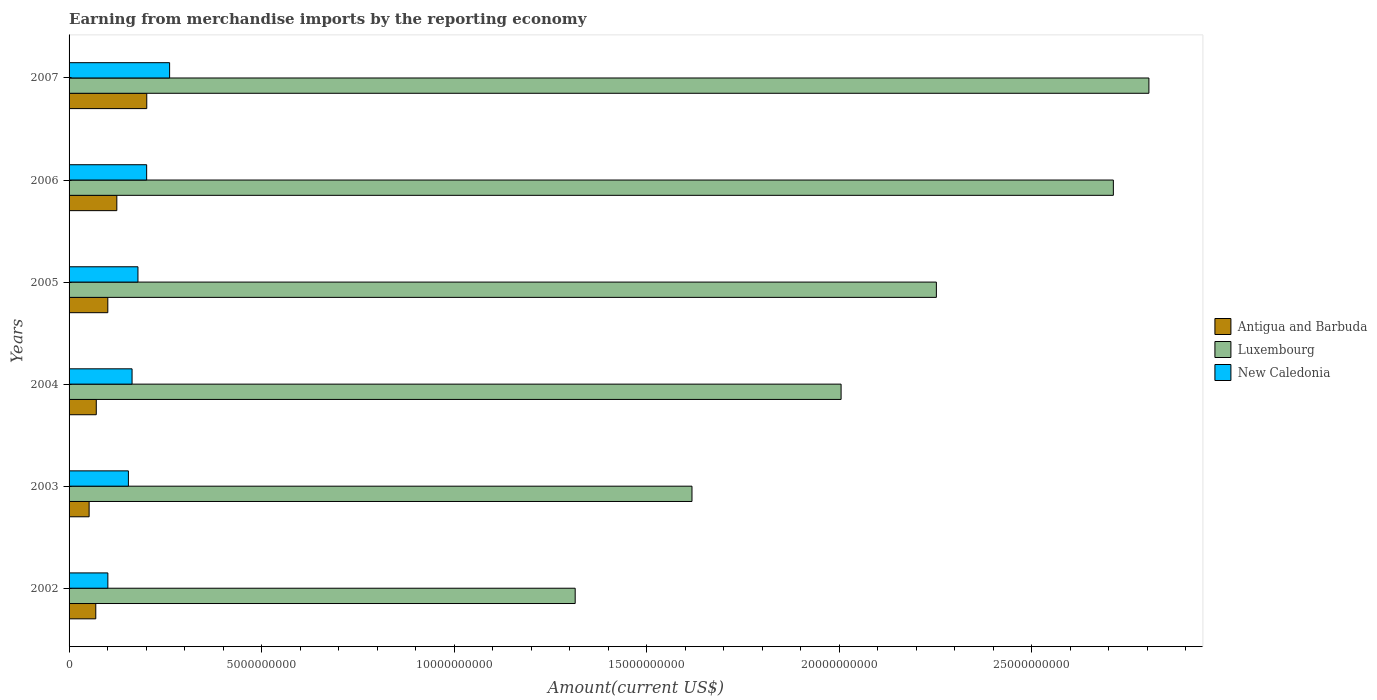
| Years | Antigua and Barbuda | Luxembourg | New Caledonia |
 | --- | --- | --- | --- |
 | 2002 | 6.94e+08 | 1.31e+10 | 1.01e+09 |
 | 2003 | 5.21e+08 | 1.62e+10 | 1.54e+09 |
 | 2004 | 7.07e+08 | 2.01e+10 | 1.64e+09 |
 | 2005 | 1.01e+09 | 2.25e+10 | 1.79e+09 |
 | 2006 | 1.24e+09 | 2.71e+10 | 2.02e+09 |
 | 2007 | 2.02e+09 | 2.8e+10 | 2.61e+09 |